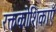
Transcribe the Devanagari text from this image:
रक्तकोशिकाएँ